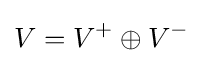
V=V^{+}\oplus V^{-}